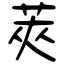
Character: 莢